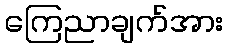
ကြေညာချက်အား